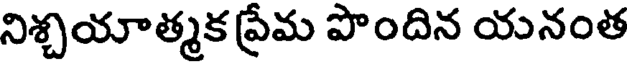
నిశ్చయాత్మక ప్రేమ పొందిన యనంత